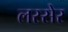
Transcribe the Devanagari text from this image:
लस्सेर